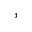
,